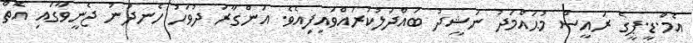
އެމް.ޑީ.ޕީގެ ރައީސް މުޙައްމަދު ނަޝީދު ބައްދަލުކުރައްވައިފިއެވެ. އަންގާރަ ދުވަހު ހެނދުނު ޖެނީވާގައި އޮތް